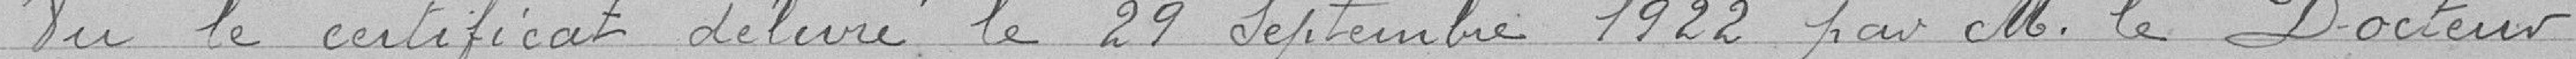
Vu le certificat délivré le 19 septembre 1922 par M. le Docteur